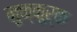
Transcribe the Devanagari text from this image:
मुक्कूर्क